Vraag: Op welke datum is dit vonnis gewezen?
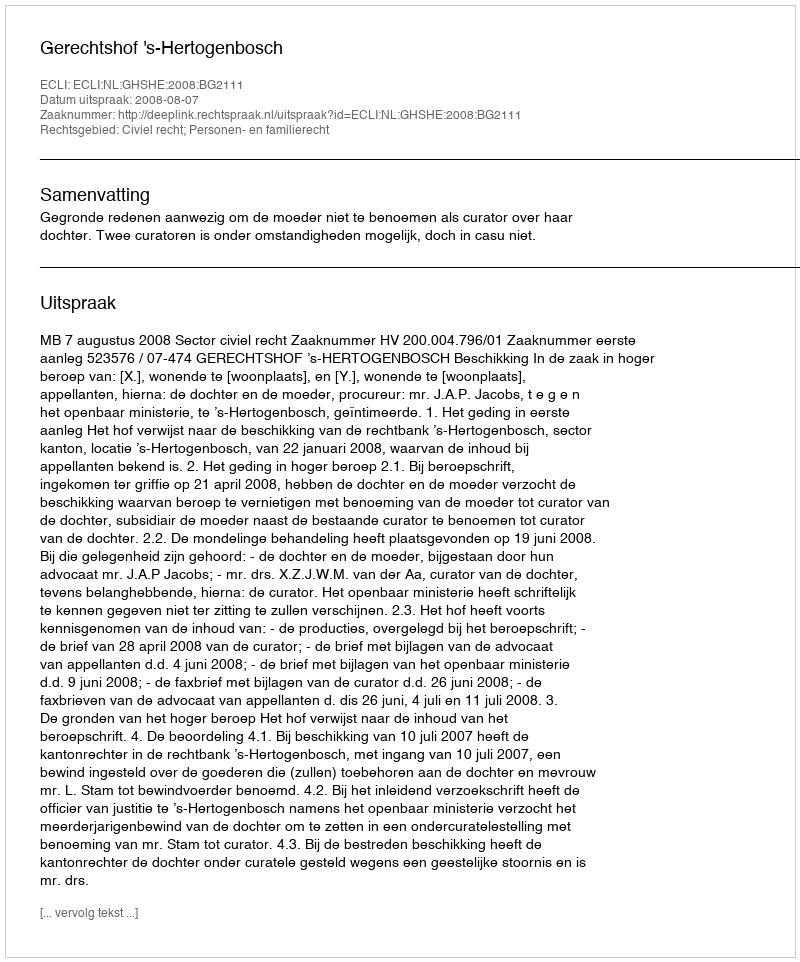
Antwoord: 2008-08-07